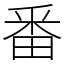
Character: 番